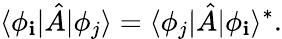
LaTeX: \langle\phi_{\mathbf{i}}|{\hat{{A}}}|\phi_{j}\rangle=\langle\phi_{j}|{\hat{{A}}}|\phi_{\mathbf{i}}\rangle^{*}.